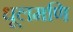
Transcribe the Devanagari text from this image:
धूलमणि